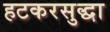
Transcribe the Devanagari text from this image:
हटकरसुद्धा